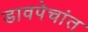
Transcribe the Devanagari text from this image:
डावपेचांत